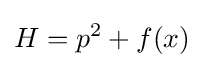
H=p^{2}+f(x)